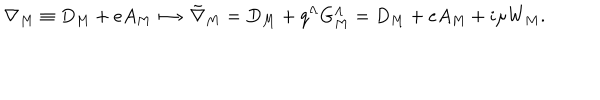
\nabla _ { M } \equiv { D } _ { M } + e A _ { M } \ \mapsto \ { \tilde { \nabla } } _ { M } = { D } _ { M } + q ^ { \Lambda } G _ { M } ^ { \Lambda } = { D } _ { M } + e A _ { M } + i \mu W _ { M } .